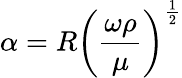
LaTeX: \alpha=R\left({\frac{\omega\rho}{\mu}}\right)^{\frac{1}{2}}